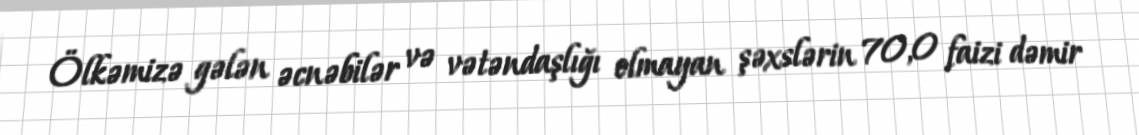
Ölkəmizə gələn əcnəbilər və vətəndaşlığı olmayan şəxslərin 70,0 faizi dəmir